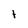
Character: t